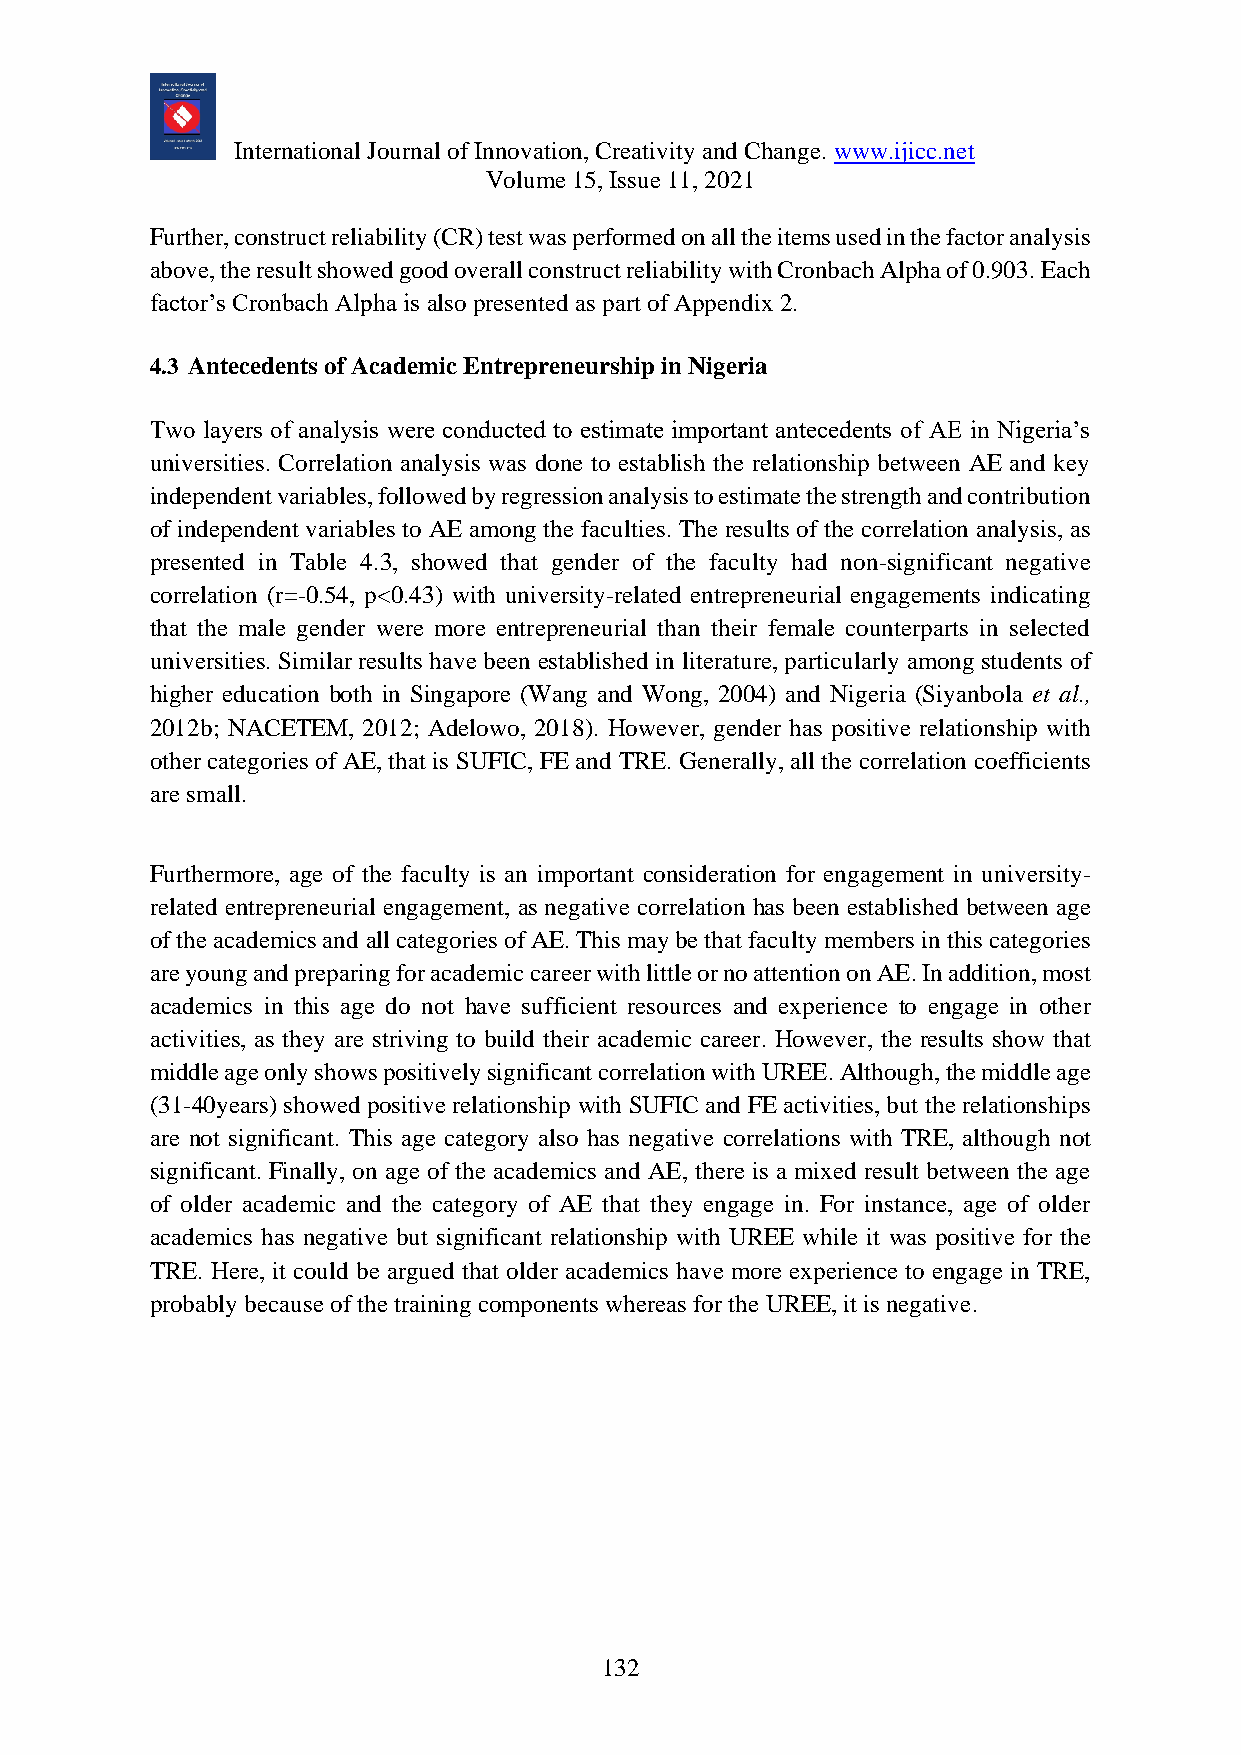
International Journal of Innovation, Creativity and Change. www.ijicc.net
 Volume 15, Issue 11, 2021
 Further, construct reliability (CR) test was performed on all the items used in the factor analysis
 above, the result showed good overall construct reliability with Cronbach Alpha of 0.903. Each
 factor’s Cronbach Alpha is also presented as part of Appendix 2.
 4.3 Antecedents of Academic Entrepreneurship in Nigeria
 Two layers of analysis were conducted to estimate important antecedents of AE in Nigeria’s
 universities. Correlation analysis was done to establish the relationship between AE and key
 independent variables, followed by regression analysis to estimate the strength and contribution
 of independent variables to AE among the faculties. The results of the correlation analysis, as
 presented in Table 4.3, showed that gender of the faculty had non-significant negative
 correlation (r=-0.54, p<0.43) with university-related entrepreneurial engagements indicating
 that the male gender were more entrepreneurial than their female counterparts in selected
 universities. Similar results have been established in literature, particularly among students of
 higher education both in Singapore (Wang and Wong, 2004) and Nigeria (Siyanbola et al.,
 2012b; NACETEM, 2012; Adelowo, 2018). However, gender has positive relationship with
 other categories of AE, that is SUFIC, FE and TRE. Generally, all the correlation coefficients
 are small.
 Furthermore, age of the faculty is an important consideration for engagement in university-
 related entrepreneurial engagement, as negative correlation has been established between age
 of the academics and all categories of AE. This may be that faculty members in this categories
 are young and preparing for academic career with little or no attention on AE. In addition, most
 academics in this age do not have sufficient resources and experience to engage in other
 activities, as they are striving to build their academic career. However, the results show that
 middle age only shows positively significant correlation with UREE. Although, the middle age
 (31-40years) showed positive relationship with SUFIC and FE activities, but the relationships
 are not significant. This age category also has negative correlations with TRE, although not
 significant. Finally, on age of the academics and AE, there is a mixed result between the age
 of older academic and the category of AE that they engage in. For instance, age of older
 academics has negative but significant relationship with UREE while it was positive for the
 TRE. Here, it could be argued that older academics have more experience to engage in TRE,
 probably because of the training components whereas for the UREE, it is negative.
 132